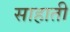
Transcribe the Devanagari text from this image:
साहाती